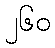
၂၆၀